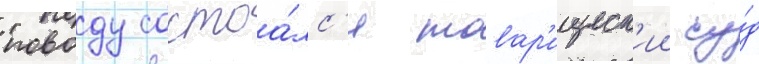
поводу состоа́лс'я товар'ищеск'ии су́д